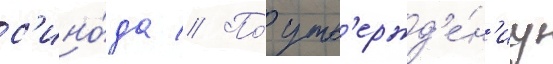
с'ино́да // По́ утв'ержд'е́н'иу